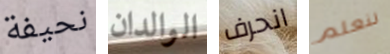
نحيفة الوالدان انحرف لنعلم